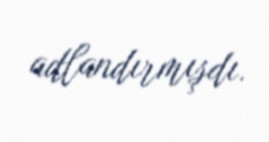
adlandırmışdı.